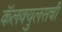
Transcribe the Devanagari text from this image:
कॅलक्युलसची